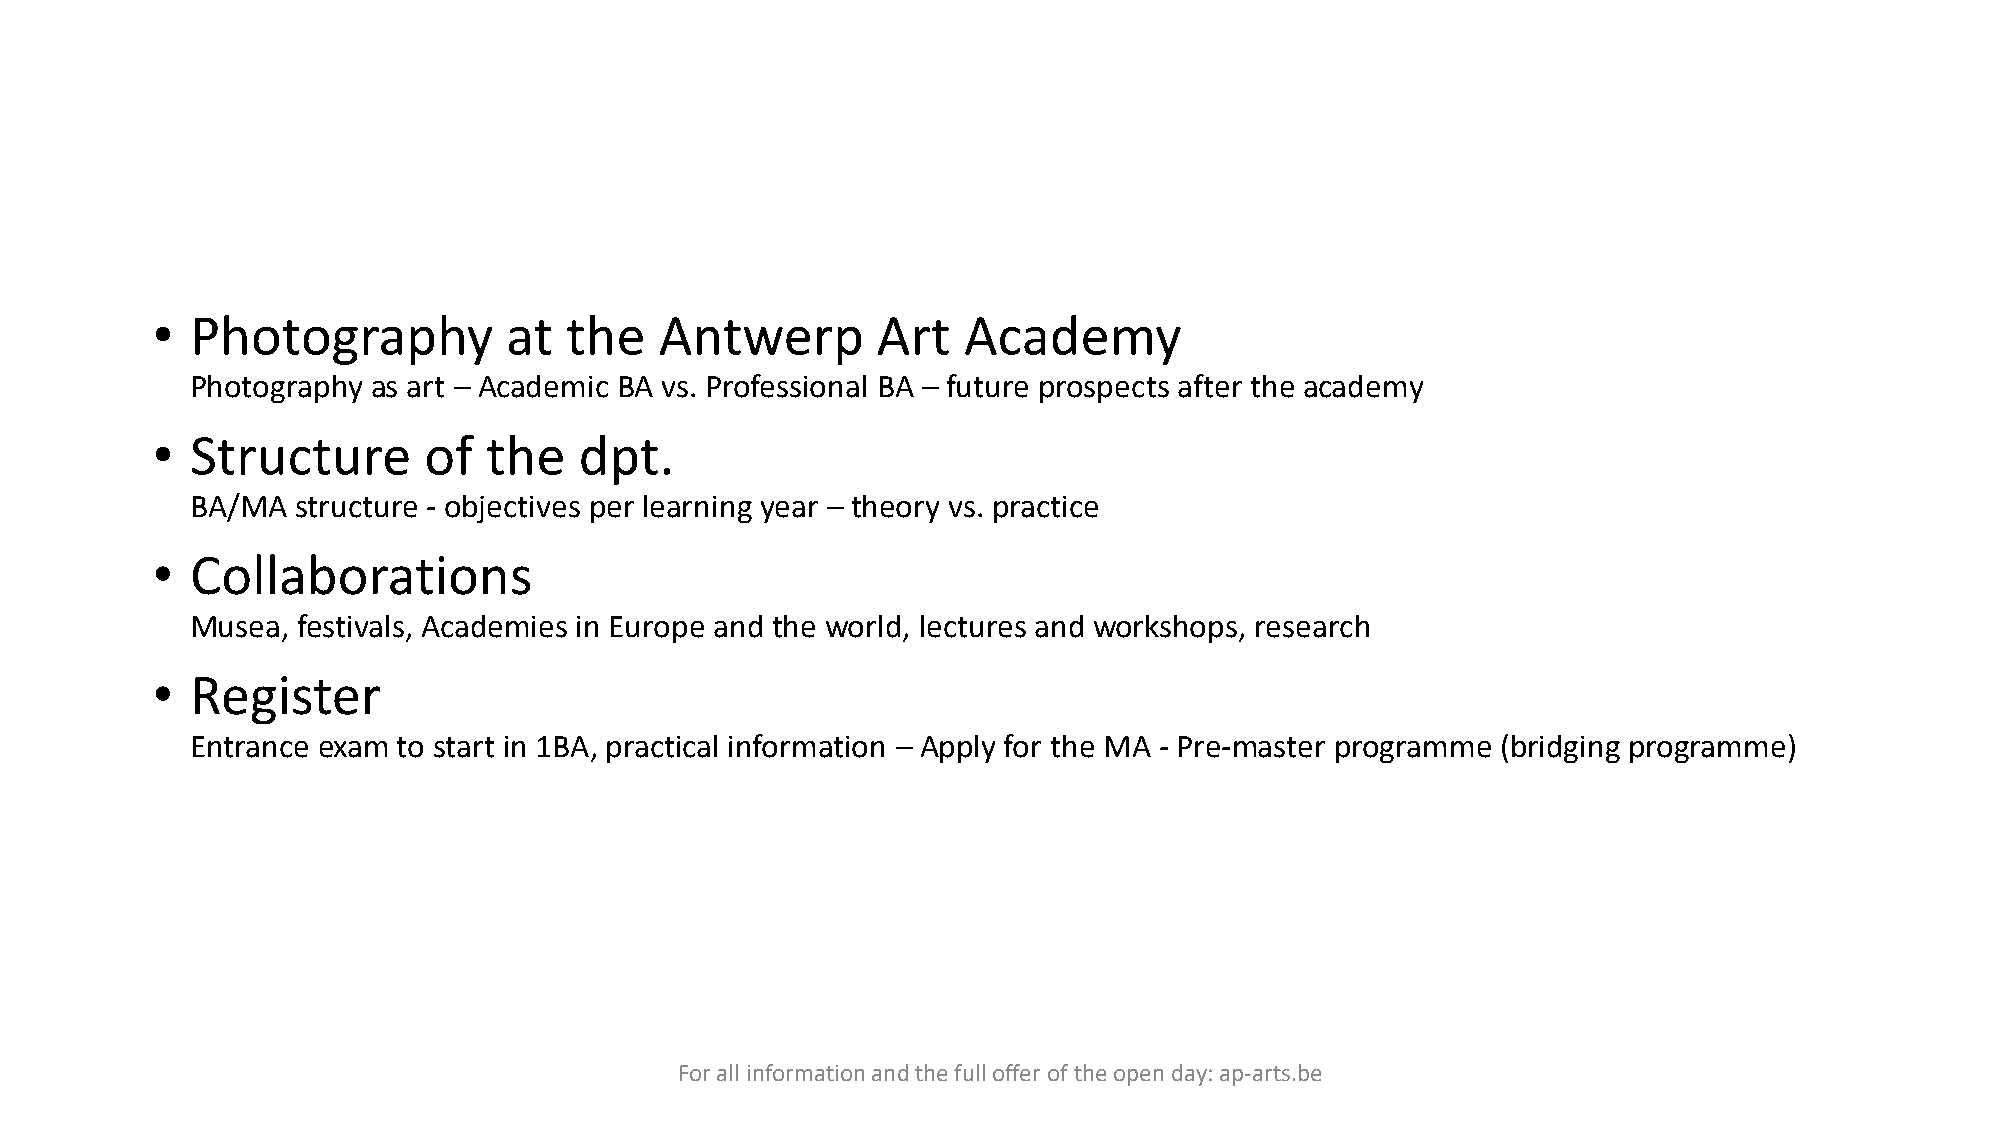
•  Photography         at  the    Antwerp       Art   Academy
 Photography as art – Academic BA vs. Professional BA – future prospects after the academy
 •  Structure      of  the   dpt.
 BA/MA  structure - objectives per learning year – theory vs. practice
 •  Collaborations
 Musea, festivals, Academies in Europe and the world, lectures and workshops, research
 •  Register
 Entrance exam to start in 1BA, practical information – Apply for the MA - Pre-master programme (bridging programme)
 For all information and the full offer of the open day: ap-arts.be